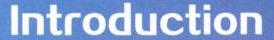
Introduction